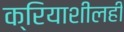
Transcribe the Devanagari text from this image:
क्रियाशीलही